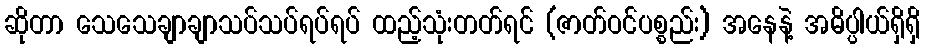
ဆိုတာ သေသေချာချာသပ်သပ်ရပ်ရပ် ထည့်သုံးတတ်ရင် (ဇာတ်ဝင်ပစ္စည်း) အနေနဲ့ အဓိပ္ပါယ်ရှိရှိ